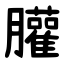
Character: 䑏